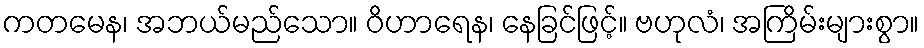
ကတမေန၊ အဘယ်မည်သော။ ဝိဟာရေန၊ နေခြင်ဖြင့်။ ဗဟုလံ၊ အကြိမ်းများစွာ။